Dysentery in Hazaribagh Central Jail - Number 52
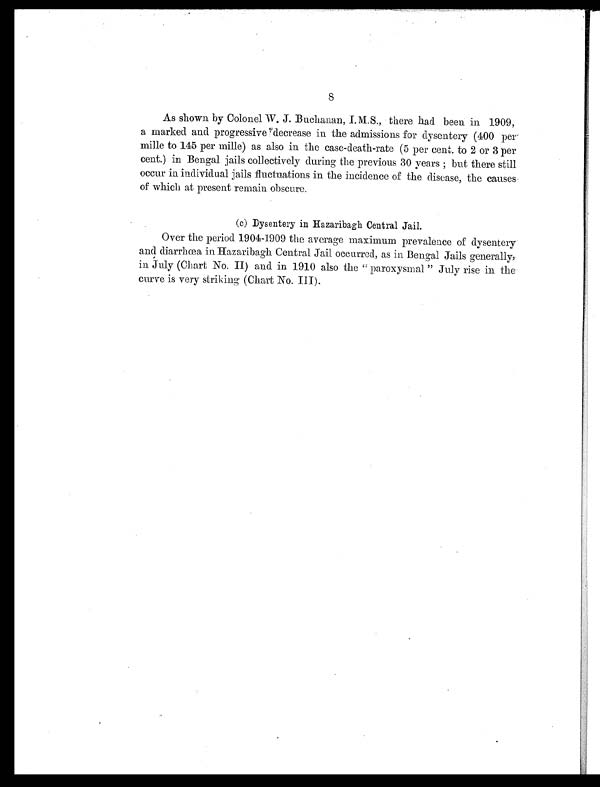
8
As shown by Colonel W. J. Buchanan, T.M.S., there had been in 1909,
a marked and progressive decrease in the admissions for dysentery (400 per.
mille to 145 per mile) as also in the case-death-rate (5 per cent,. to 2 or 3 per
cent) in Bengal jails collectively during the previous 30 years; but there still
occur in individual jails fluctuations in the incidence of the disease, the causes
of which at present remain obscure.
(c) Dysentery in Hazaribagh Central Jail.
Over the period 1904-1909 the average maximum prevalence of dysentery
and diarrhœa in Hazaribagh Central Jail occurred, as in Bengal Jails generally,
in July (Chart No. II) and in 1910 also the "paroxysmal" July rise in the
curve is very striking (Chart No. III).